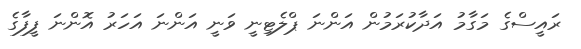
ރައީސްގެ މަގާމު އަދާކުރަމުން އަންނަ ޕްލެޓިނީ ވަނީ އަންނަ އަހަރު އޮންނަ ފީފާގެ